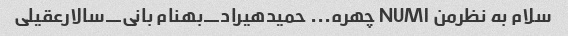
سلام به نظرمن NUM۱ چهره... حمیدهیراد_بهنام بانی_سالارعقیلی